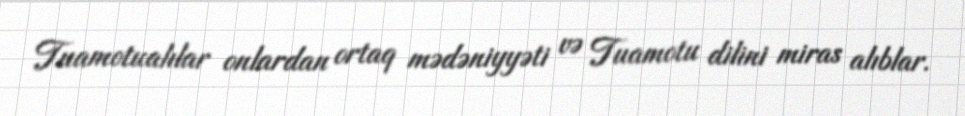
Tuamotualılar onlardan ortaq mədəniyyəti və Tuamotu dilini miras alıblar.